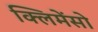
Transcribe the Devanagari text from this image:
क्लिमेंसो